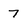
Character: 7